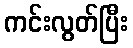
ကင်းလွတ်ပြီး